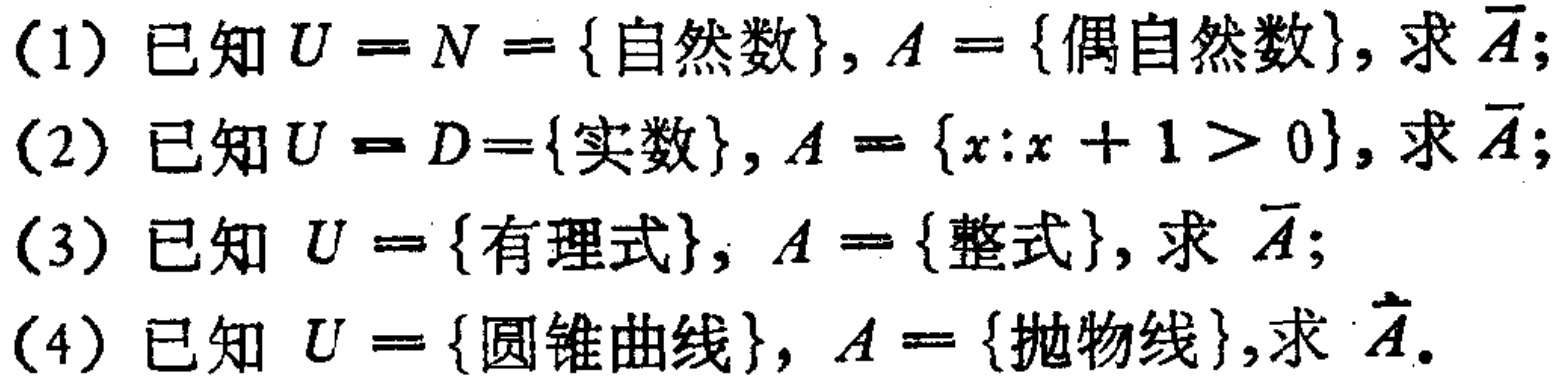
(1) 已知 \(U = N=\{\text{自然数}\}, A = \{\text{偶自然数}\}\), 求 \(\overline{A}\);

(2) 已知 \(U = D = \{\text{实数}\}, A = \{x:x + 1>0\}\), 求 \(\overline{A}\);

(3) 已知 \(U = \{\text{有理式}\}, A = \{\text{整式}\}\), 求 \(\overline{A}\);

(4) 已知 \(U = \{\text{圆锥曲线}\}, A = \{\text{抛物线}\}\), 求 \(\overline{A}\).